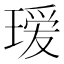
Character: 瑷